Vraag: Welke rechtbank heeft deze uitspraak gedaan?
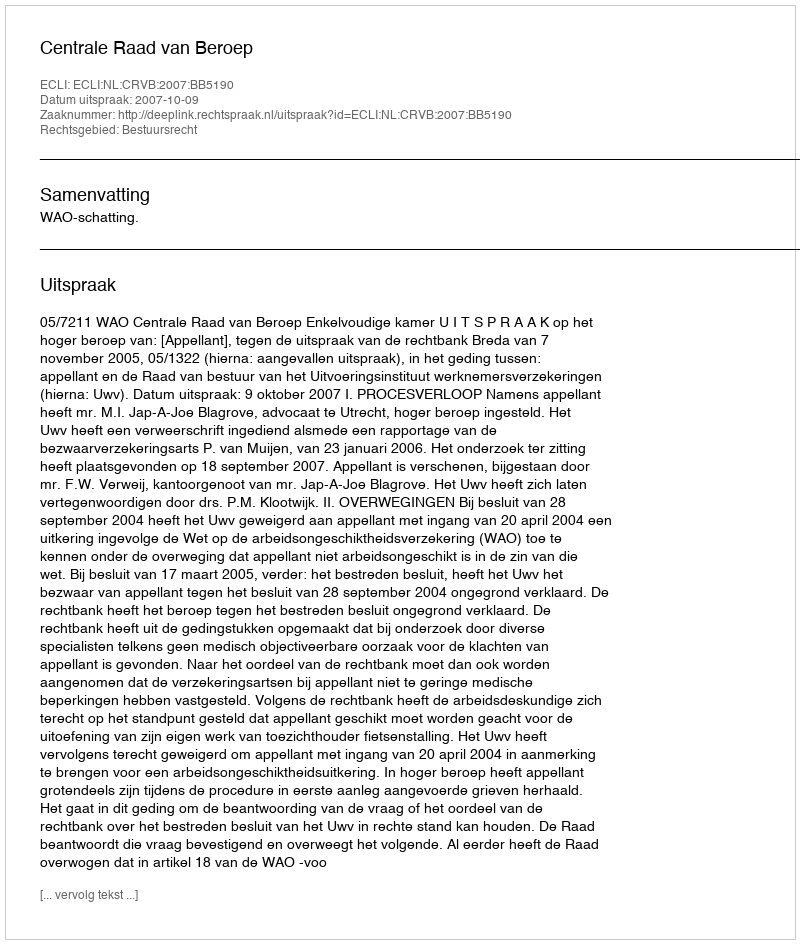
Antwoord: Centrale Raad van Beroep